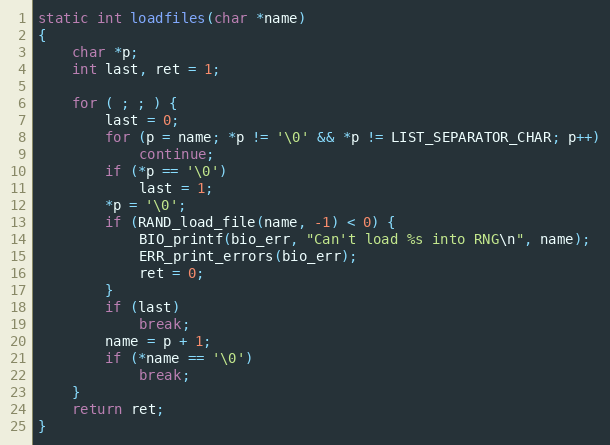
Language: C
static int loadfiles(char *name)
{
    char *p;
    int last, ret = 1;

    for ( ; ; ) {
        last = 0;
        for (p = name; *p != '\0' && *p != LIST_SEPARATOR_CHAR; p++)
            continue;
        if (*p == '\0')
            last = 1;
        *p = '\0';
        if (RAND_load_file(name, -1) < 0) {
            BIO_printf(bio_err, "Can't load %s into RNG\n", name);
            ERR_print_errors(bio_err);
            ret = 0;
        }
        if (last)
            break;
        name = p + 1;
        if (*name == '\0')
            break;
    }
    return ret;
}